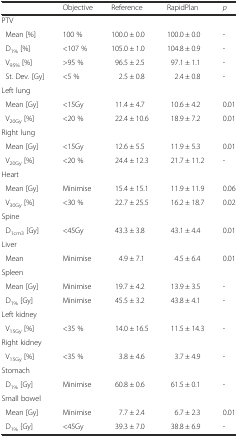
<table><thead><tr><td>[EMPTY_CELL]</td><td><b>Objective</b></td><td><b>Reference</b></td><td><b>RapidPlan</b></td><td><b><i>p</i></b></td></tr></thead><tbody><tr><td colspan="5">PTV</td></tr><tr><td> Mean [%]</td><td>100 %</td><td>100.0 ± 0.0</td><td>100.0 ± 0.0</td><td>-</td></tr><tr><td> D<sub>1%</sub> [%]</td><td>&lt;107 %</td><td>105.0 ± 1.0</td><td>104.8 ± 0.9</td><td>-</td></tr><tr><td> V<sub>95%</sub> [%]</td><td>&gt;95 %</td><td>96.5 ± 2.5</td><td>97.1 ± 1.1</td><td>-</td></tr><tr><td> St. Dev. [Gy]</td><td>&lt;5 %</td><td>2.5 ± 0.8</td><td>2.4 ± 0.8</td><td>-</td></tr><tr><td colspan="5">Left lung</td></tr><tr><td> Mean [Gy]</td><td>&lt;15Gy</td><td>11.4 ± 4.7</td><td>10.6 ± 4.2</td><td>0.01</td></tr><tr><td> V<sub>20Gy</sub> [%]</td><td>&lt;20 %</td><td>22.4 ± 10.6</td><td>18.9 ± 7.2</td><td>0.01</td></tr><tr><td colspan="5">Right lung</td></tr><tr><td> Mean [Gy]</td><td>&lt;15Gy</td><td>12.6 ± 5.5</td><td>11.9 ± 5.3</td><td>0.01</td></tr><tr><td> V<sub>20Gy</sub> [%]</td><td>&lt;20 %</td><td>24.4 ± 12.3</td><td>21.7 ± 11.2</td><td>-</td></tr><tr><td colspan="5">Heart</td></tr><tr><td> Mean [Gy]</td><td>Minimise</td><td>15.4 ± 15.1</td><td>11.9 ± 11.9</td><td>0.06</td></tr><tr><td> V<sub>30Gy</sub> [%]</td><td>&lt;30 %</td><td>22.7 ± 25.5</td><td>16.2 ± 18.7</td><td>0.02</td></tr><tr><td colspan="5">Spine</td></tr><tr><td> D<sub>1cm3</sub> [Gy]</td><td>&lt;45Gy</td><td>43.3 ± 3.8</td><td>43.1 ± 4.4</td><td>0.01</td></tr><tr><td colspan="5">Liver</td></tr><tr><td> Mean</td><td>Minimise</td><td>4.9 ± 7.1</td><td>4.5 ± 6.4</td><td>0.01</td></tr><tr><td colspan="5">Spleen</td></tr><tr><td> Mean [Gy]</td><td>Minimise</td><td>19.7 ± 4.2</td><td>13.9 ± 3.5</td><td>-</td></tr><tr><td> D<sub>1%</sub> [Gy]</td><td>Minimise</td><td>45.5 ± 3.2</td><td>43.8 ± 4.1</td><td>-</td></tr><tr><td colspan="5">Left kidney</td></tr><tr><td> V<sub>15Gy</sub> [%]</td><td>&lt;35 %</td><td>14.0 ± 16.5</td><td>11.5 ± 14.3</td><td>-</td></tr><tr><td colspan="5">Right kidney</td></tr><tr><td> V<sub>15Gy</sub> [%]</td><td>&lt;35 %</td><td>3.8 ± 4.6</td><td>3.7 ± 4.9</td><td>-</td></tr><tr><td colspan="5">Stomach</td></tr><tr><td> D<sub>1%</sub> [Gy]</td><td>Minimise</td><td>60.8 ± 0.6</td><td>61.5 ± 0.1</td><td>-</td></tr><tr><td colspan="5">Small bowel</td></tr><tr><td> Mean [Gy]</td><td>Minimise</td><td>7.7 ± 2.4</td><td>6.7 ± 2.3</td><td>0.01</td></tr><tr><td> D<sub>1%</sub> [Gy]</td><td>&lt;45Gy</td><td>39.3 ± 7.0</td><td>38.8 ± 6.9</td><td>-</td></tr></tbody></table>